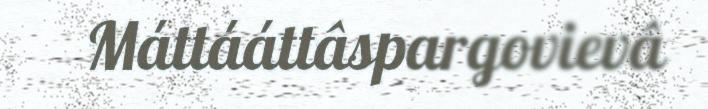
Máttááttâspargovievâ